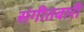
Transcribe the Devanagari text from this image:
संगीतबारी